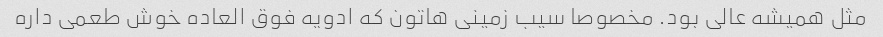
‌مثل همیشه عالی بود. مخصوصا سیب زمینی هاتون که ادویه فوق العاده خوش طعمی داره